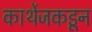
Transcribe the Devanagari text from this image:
कार्थेजकडून